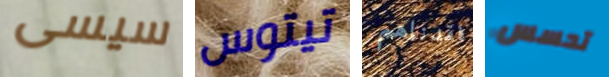
سيسى تيتوس فقدناهم تحسس